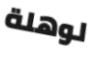
لوهلة